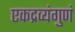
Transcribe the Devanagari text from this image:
एकद्रव्यंगुणं